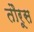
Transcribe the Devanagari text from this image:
तौरूस